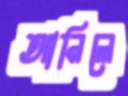
আনিলে